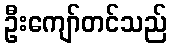
ဦးကျော်တင်သည်